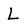
Character: L